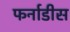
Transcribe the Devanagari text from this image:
फर्नाडीस